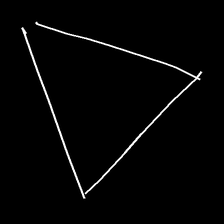
Glyph: convergence